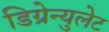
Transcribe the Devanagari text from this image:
डिग्रेन्युलेट